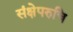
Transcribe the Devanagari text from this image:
संक्षेपरुचि